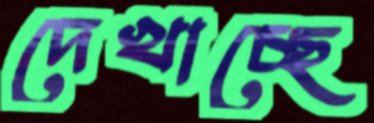
দেখাচ্ছে